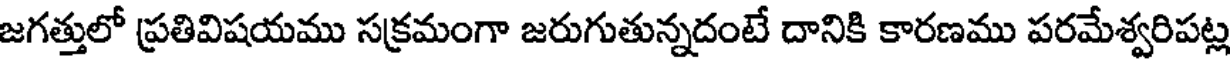
జగత్తులో ప్రతివిషయము సక్రమంగా జరుగుతున్నదంటే దానికి కారణము పరమేశ్వరిపట్ల